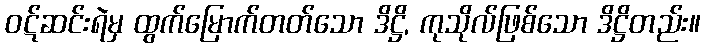
ဝဋ်ဆင်းရဲမှ ထွက်မြောက်တတ်သော ဒိဋ္ဌိ, ကုသိုလ်ဖြစ်သော ဒိဋ္ဌိတည်း။